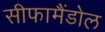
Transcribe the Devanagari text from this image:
सीफामैंडोल